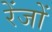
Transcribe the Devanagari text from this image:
रेंजों